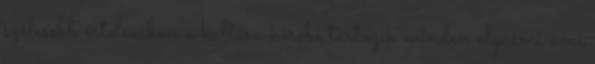
szélesebb értelemben a kultúra körébe tartozik minden olyasmi ami